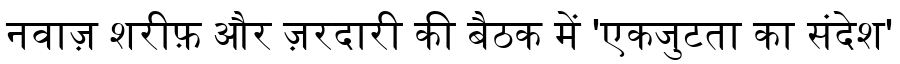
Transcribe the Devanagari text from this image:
नवाज़ शरीफ़ और ज़रदारी की बैठक में 'एकजुटता का संदेश'